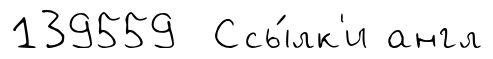
139559 Ссы́лк'и англ